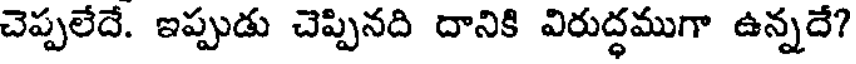
చెప్పలేదే. ఇప్పుడు చెప్పినది దానికి విరుద్ధముగా ఉన్నదే?